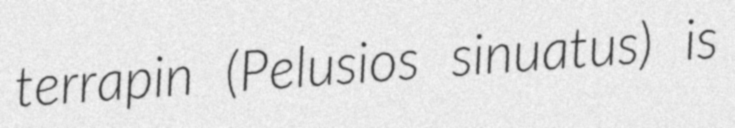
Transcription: terrapin (Pelusios sinuatus) is